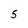
Character: 5